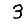
Digit: 3